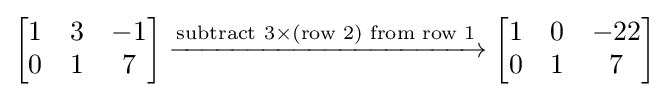
{\begin{bmatrix}1&3&-1\\0&1&7\\\end{bmatrix}}\xrightarrow {{\text{subtract 3}}\times {\text{(row 2) from row 1}}} {\begin{bmatrix}1&0&-22\\0&1&7\\\end{bmatrix}}